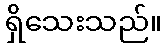
ရှိသေးသည်။